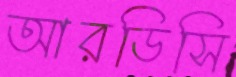
আরডিসি